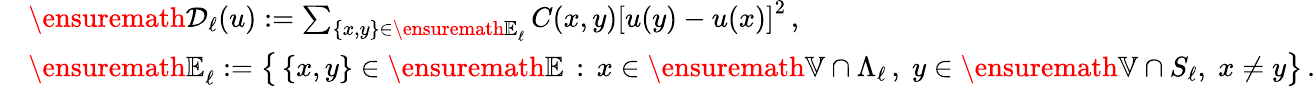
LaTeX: \begin{array}{rl}&{\ensuremath{\mathcal D}_{\ell}(u):=\sum_{\{ x,y\} \in{\ensuremath{\mathbb E}}_{\ell}}C(x,y)\left[u(y)-u(x)\right]^{2}\, ,}\\ &{{\ensuremath{\mathbb E}}_{\ell}:=\bigl\{ \, \{ x,y\} \in{\ensuremath{\mathbb E}}\, :\, x\in{\ensuremath{\mathbb V}}\cap\Lambda_{\ell}\, ,\; y\in{\ensuremath{\mathbb V}}\cap S_{\ell},\; x\not=y\bigr\} \, .}\end{array}